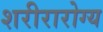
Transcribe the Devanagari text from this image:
शरीरारोग्य